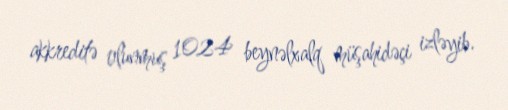
akkreditə olunmuş 1024 beynəlxalq müşahidəçi izləyib.